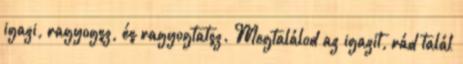
igazi, ragyogsz, és ragyogtatsz. Megtalálod az igazit, rád talál